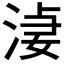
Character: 𣷑